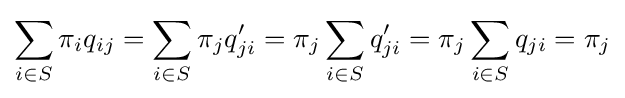
\sum _{i\in S}\pi _{i}q_{ij}=\sum _{i\in S}\pi _{j}q'_{ji}=\pi _{j}\sum _{i\in S}q'_{ji}=\pi _{j}\sum _{i\in S}q_{ji}=\pi _{j}